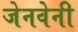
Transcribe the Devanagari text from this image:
जेनवेनी